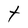
Character: t